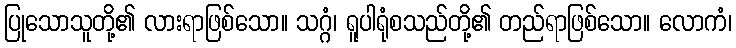
ပြုသောသူတို့၏ လားရာဖြစ်သော။ သဂ္ဂံ၊ ရူပါရုံစသည်တို့၏ တည်ရာဖြစ်သော။ လောကံ၊